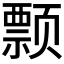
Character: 𱂺